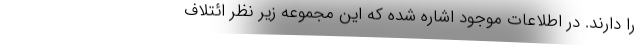
را دارند. در اطلاعات موجود اشاره شده که این مجموعه زیر نظر ائتلاف